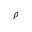
\rho